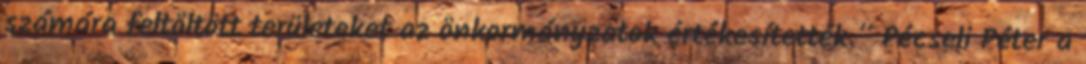
számára feltöltött területeket az önkormányzatok értékesítették.” Pécseli Péter a